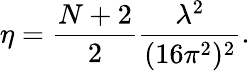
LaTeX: \eta=\frac{N+2}{2}\frac{\lambda^{2}}{(16\pi^{2})^{2}}.